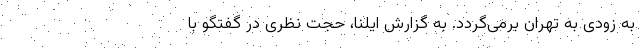
به زودی به تهران برمی‌گردد. به گزارش ایلنا، حجت نظری در گفتگو با